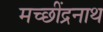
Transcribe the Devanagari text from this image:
मच्छींद्रनाथ